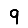
Digit: 9